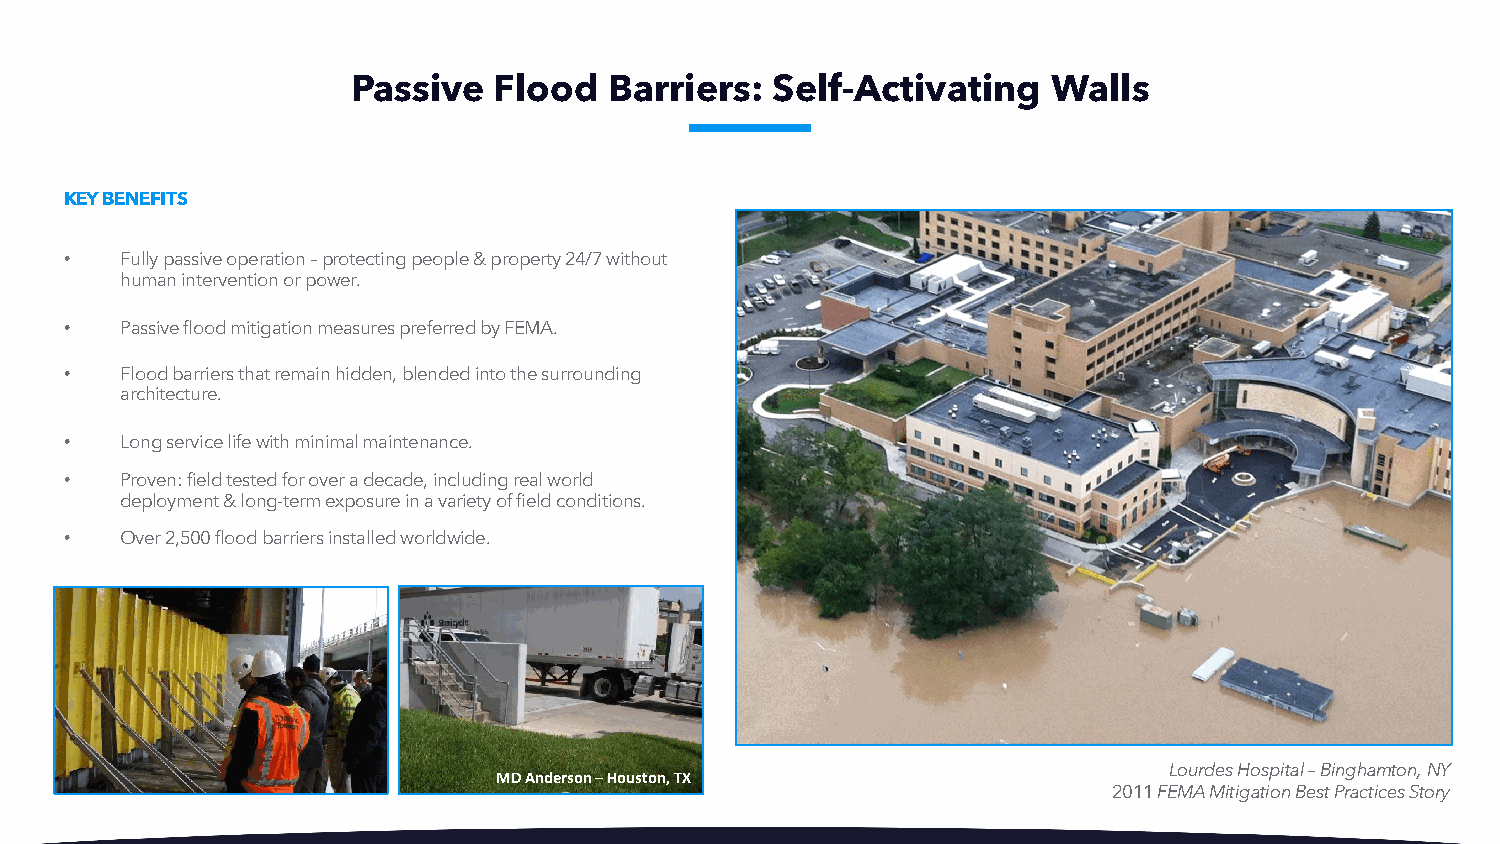
Passive   Flood  Barriers:  Self-Activating    Walls
 KEY BENEFITS
 •   Fully passive operation –protecting people & property 24/7 without
 human intervention or power.
 •   Passive flood mitigation measures preferred by FEMA.
 •   Flood barriers that remain hidden, blended into the surrounding
 architecture.
 •   Long service life with minimal maintenance.
 •   Proven: field tested for over a decade, including real world
 deployment & long-term exposure in a variety of field conditions.
 •   Over 2,500 flood barriers installed worldwide.
 Lourdes Hospital –Binghamton, NY
 MD Anderson –Houston, TX
 2011 FEMA Mitigation Best Practices Story